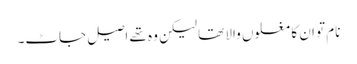
نام تو ان کا مغلوں والا تھا لیکن وہ تھے اصیل جاٹ۔